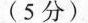
(5分)